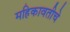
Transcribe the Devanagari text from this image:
महिकावतीचे